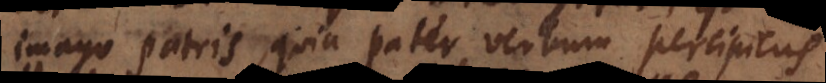
imago patris, quia pater verbum percipiens